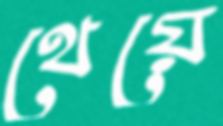
থেয়ে